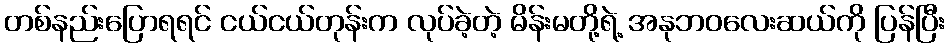
တစ်နည်းပြောရရင် ငယ်ငယ်တုန်းက လုပ်ခဲ့တဲ့ မိန်းမတို့ရဲ့ အနုဘဝလေးဆယ်ကို ပြန်ပြီး